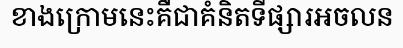
ខាងក្រោមនេះគឺជាគំនិតទីផ្សារអចលន